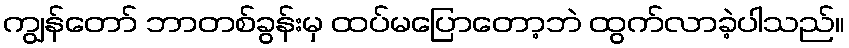
ကျွန်တော် ဘာတစ်ခွန်းမှ ထပ်မပြောတော့ဘဲ ထွက်လာခဲ့ပါသည်။